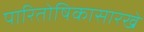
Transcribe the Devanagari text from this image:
पारितोषिकासारखे